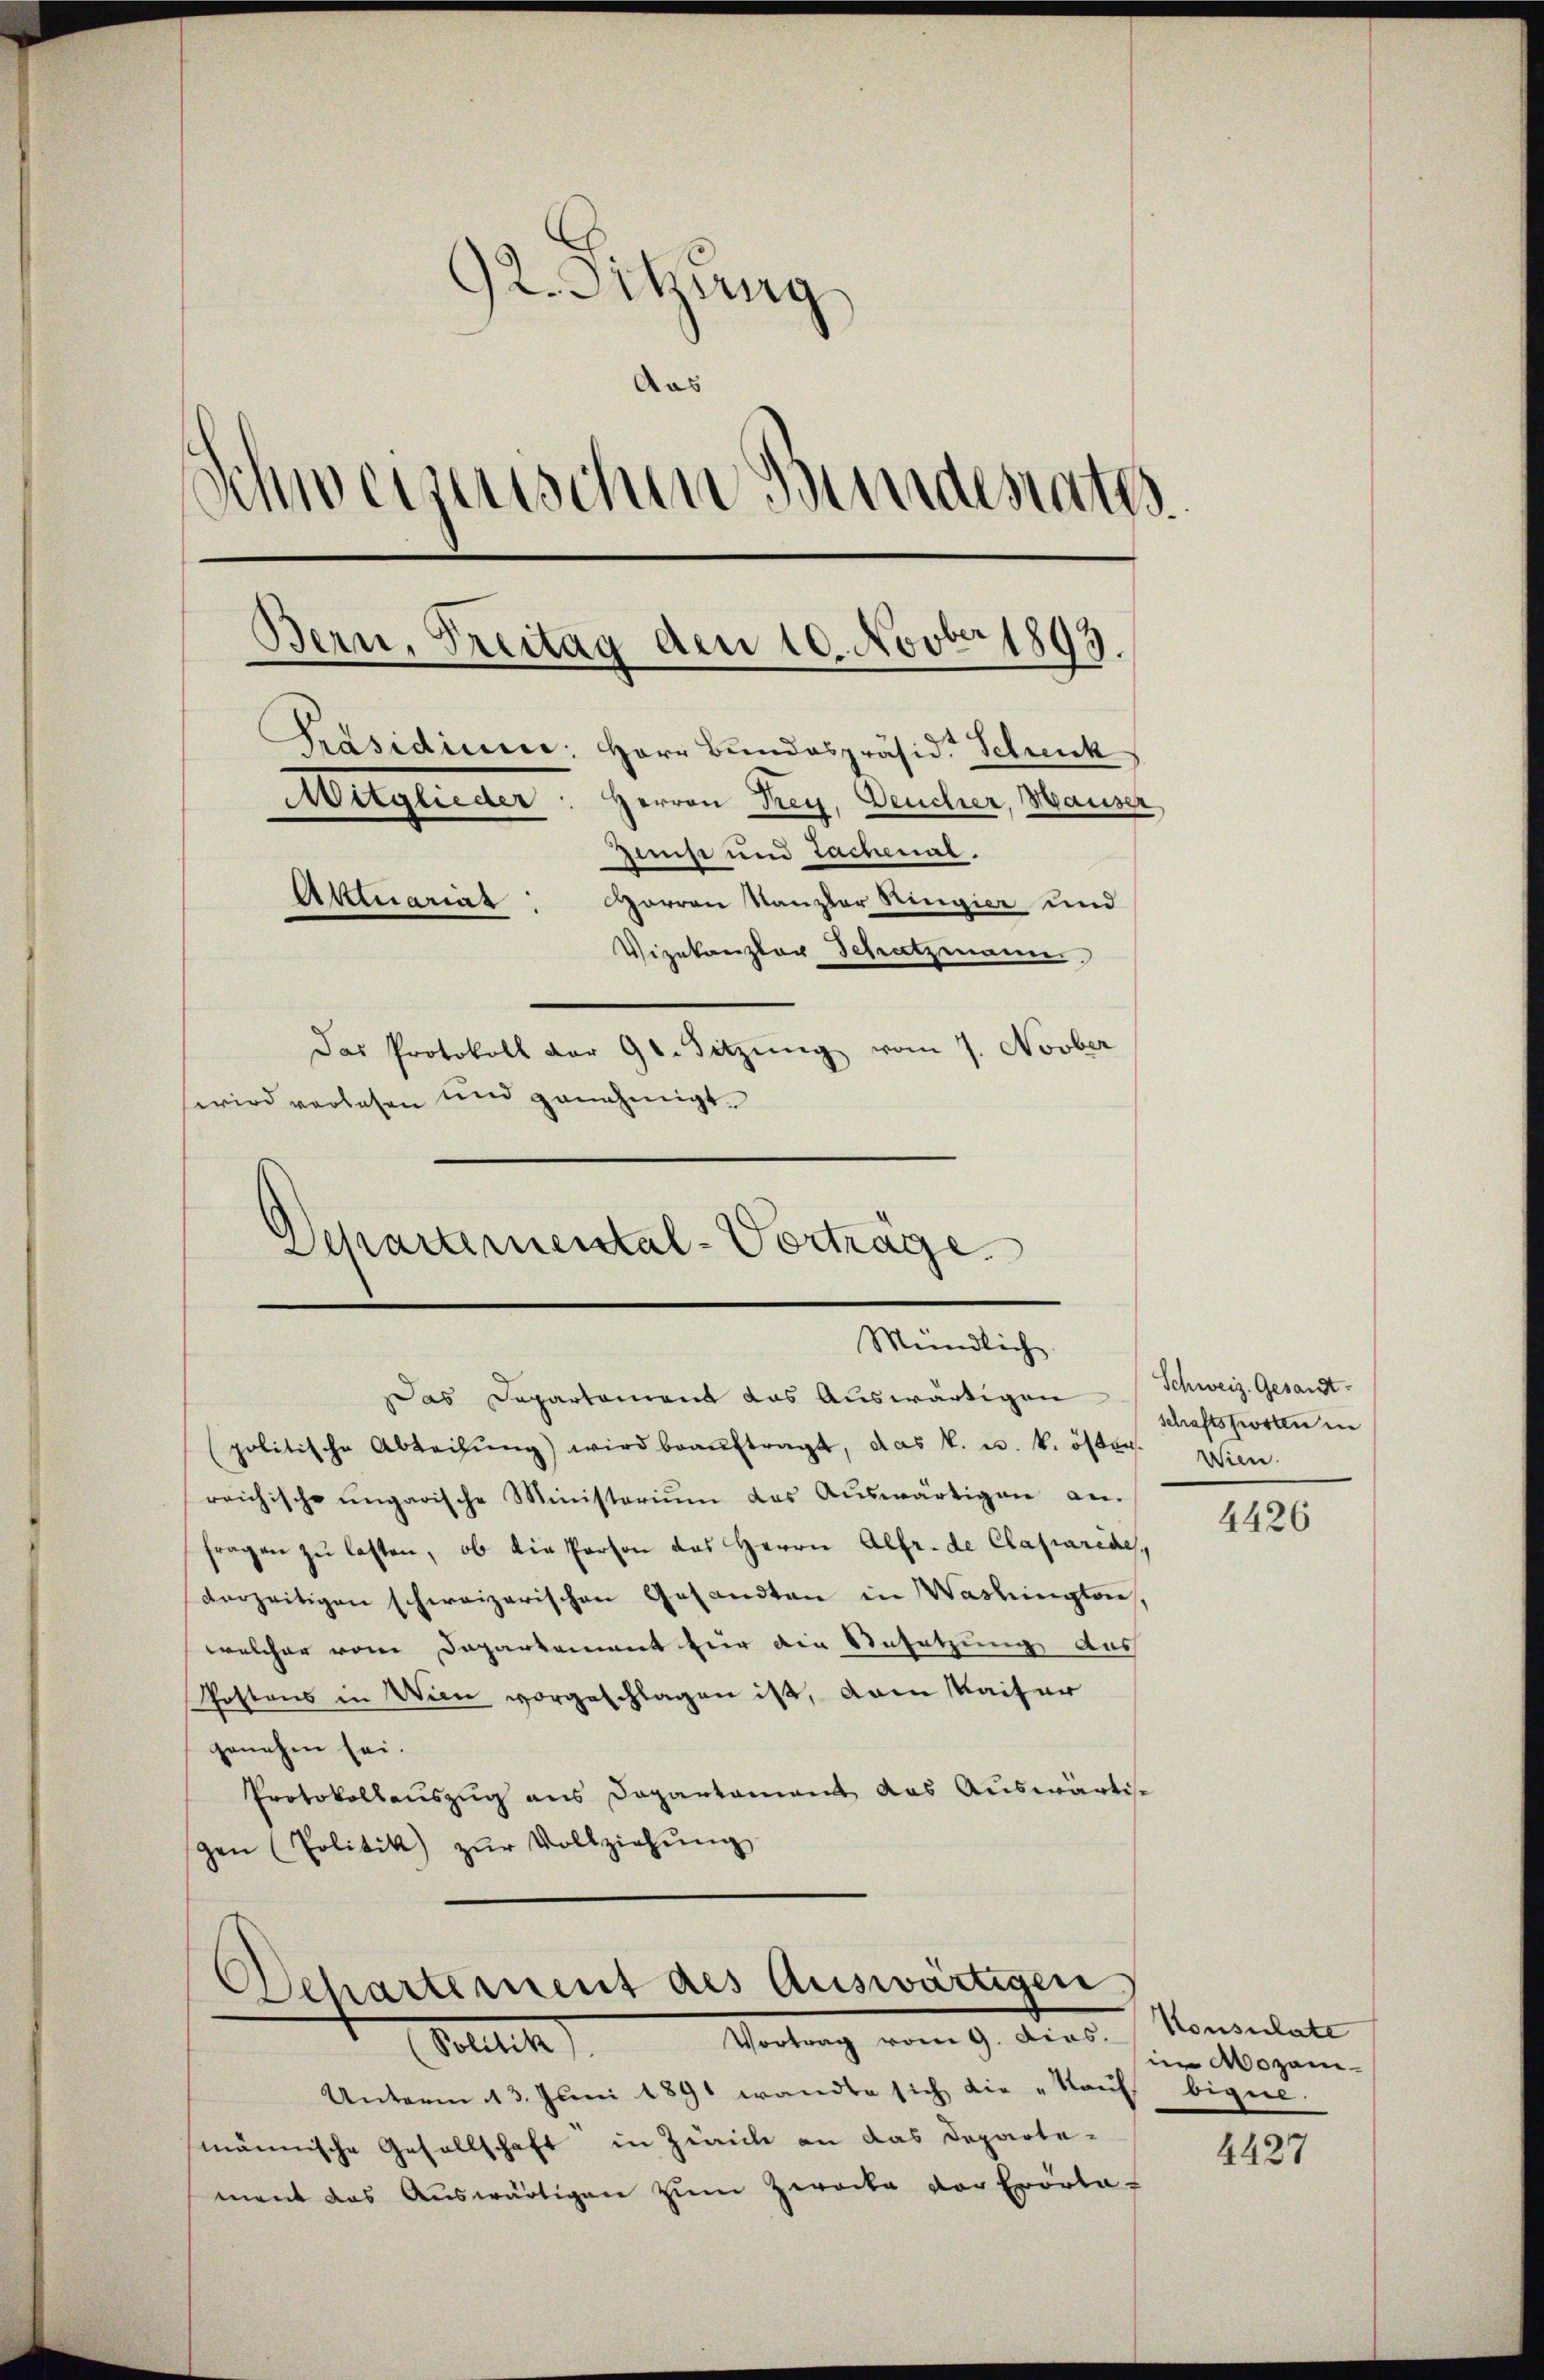
92. Sitzung
Aas
Schweizerischen Bundesrates.
Bern, Treitag den 10. Novber 1893
Präsidierer: Herr Bundespräsid. Schick
Attglieder Herren Rey, Deucher, Hauser,
Zist und Lachenal.
Aktuariat: Herren Kanzler Ringier und
Vizekanzler Schatzmann
Das Protokoll der 90. Sitzŭng vom 7. Novber
wird verlesen und genehmigt.

Departemental-Vorträge
Mündlich

as Departament das Auswärtigen Schweiz. Gesandtpolitische Abteilŭng wird beaŭftragt, das k. u. k. öster. Wien
reichische ungarische Ministerium das Auswärtigen an-
fragen zŭ lasten, ob die Person das Herrn Alfr. de Claparede,
derzeitigen schweizerischen Gesandten in Washington,
welcher vom Daparkament für die Ansetzung des
Kostens in Wien vorgeschlagen ist, dann Maifer
genehm sei.
Protokollauszug aus Departamant das Auswärtis
gen (Politik zŭr Vollziehŭng

Departement des Auswärtigen
Wortung vom 9. Ferd. Sonntali

Velth
Unterm 13. Juni 1891 wandte sich die „Kauf bigen.
männische Gesellschaft in Zürich an das Departement das Auswärtigen zum Zwecke vor Erörta-

schaftsporten in

4426

in Mozami¬

4427